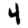
Digit: 4